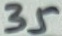
Text: 35